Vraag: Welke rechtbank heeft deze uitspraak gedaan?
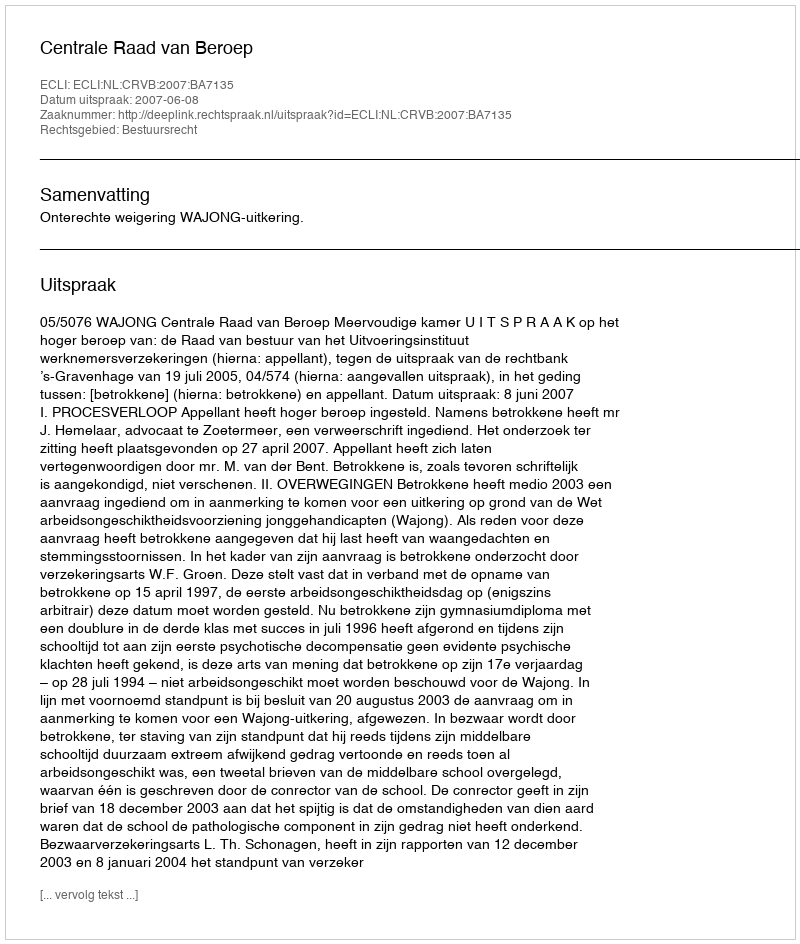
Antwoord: Centrale Raad van Beroep